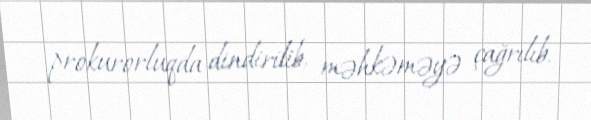
prokurorluqda dindirilib, məhkəməyə çağrılıb.